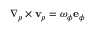
\nabla _ { p } \times { \mathbf { v } } _ { p } = \omega _ { \phi } { \mathbf { e } } _ { \phi }